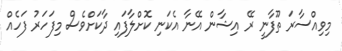
މިވިއްސާރަ ތޫފާނީ ރޭ އިޝާން އޭނާ އެކަނި ކޮށްލާފައި ދާކަށްވެސް މިފަހަރު ފަހެއް